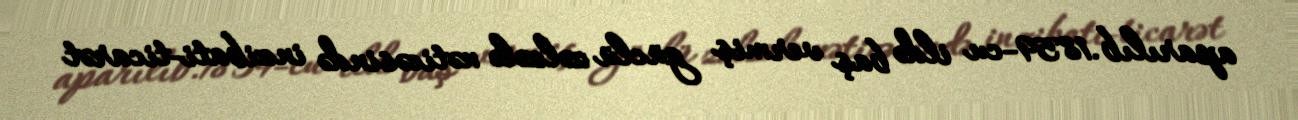
aparılıb.1859-cu ildə baş vermiş güclü zəlzələ nəticəsində inzibati-ticarət